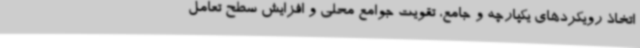
اتخاذ رویکردهای یکپارچه و جامع، تقویت جوامع محلی و افزایش سطح تعامل